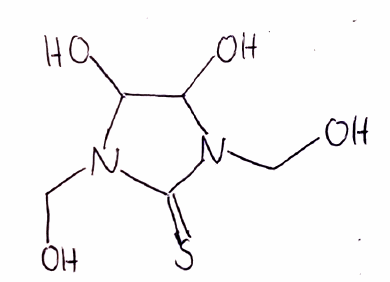
Simplified molecular-input line-entry system (SMILES) notation of the given molecule:
C(N1C(C(N(C1=S)CO)O)O)O